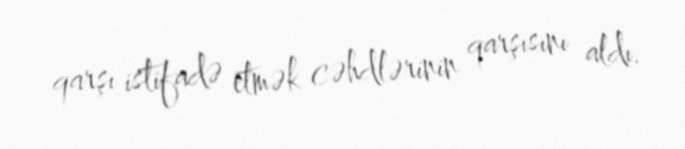
qarşı istifadə etmək cəhdlərinin qarşısını aldı.